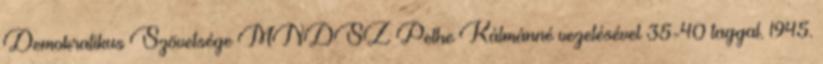
Demokratikus Szövetsége MNDSZ Pethe Kálmánné vezetésével 35-40 taggal. 1945.